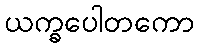
ယက္ခပေါတကော